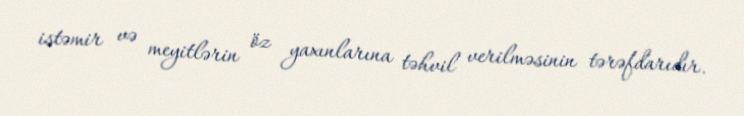
istəmir və meyitlərin öz yaxınlarına təhvil verilməsinin tərəfdarıdır.